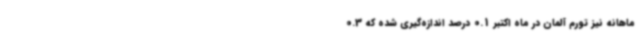
ماهانه نیز تورم آلمان در ماه اکتبر 0.1 درصد اندازه‌گیری شده که 0.3